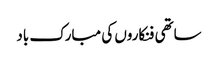
ساتھی فنکاروں‌ کی مبارک باد